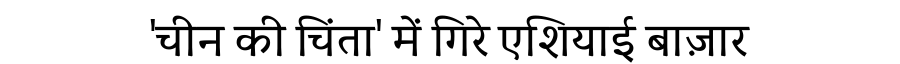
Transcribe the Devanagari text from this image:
'चीन की चिंता' में गिरे एशियाई बाज़ार